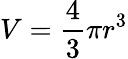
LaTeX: V={\frac{4}{3}}\pi r^{3}